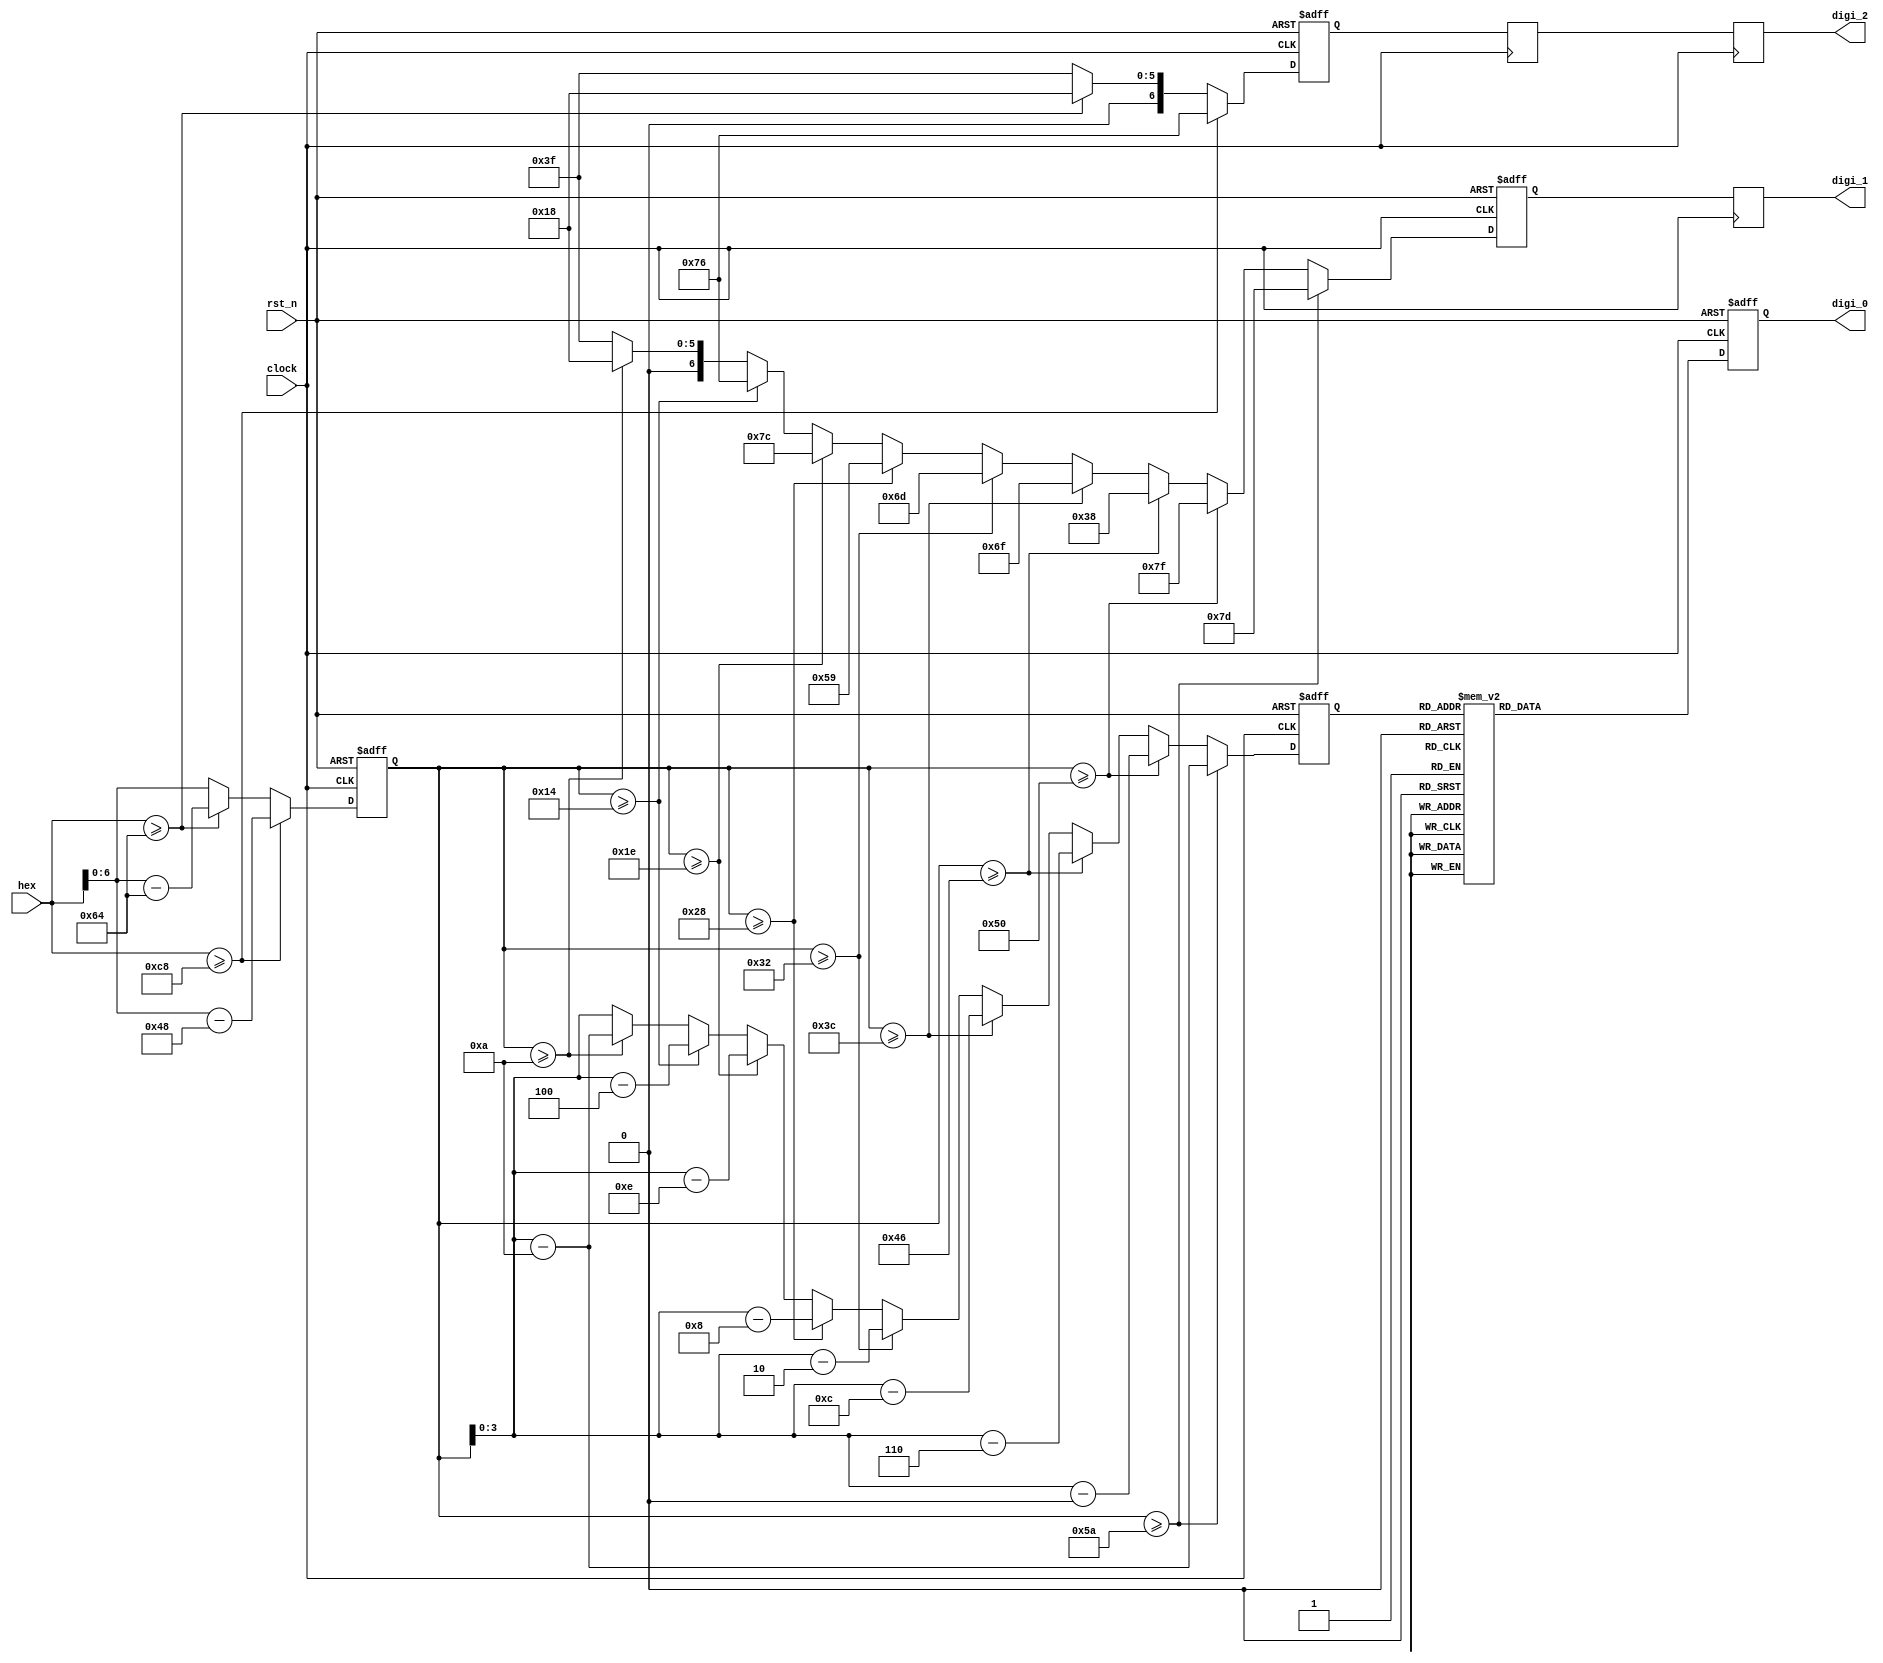
module hex2decdigi_8bit(
    input   clock,
    input   rst_n,

    input   [7 : 0] hex,
    output  reg [6 : 0] digi_0,
    output  reg [6 : 0] digi_1,
    output  reg [6 : 0] digi_2
    );

    localparam DIGI_0 = 7'b0111111;
    localparam DIGI_1 = 7'b0011000;
    localparam DIGI_2 = 7'b1110110;
    localparam DIGI_3 = 7'b1111100;
    localparam DIGI_4 = 7'b1011001;
    localparam DIGI_5 = 7'b1101101;
    localparam DIGI_6 = 7'b1101111;
    localparam DIGI_7 = 7'b0111000;
    localparam DIGI_8 = 7'b1111111;
    localparam DIGI_9 = 7'b1111101;
    localparam DIGI_X = 7'b0000000;

    reg [6 : 0] res_2;
    reg [3 : 0] res_1;

    // delay to synchronize the result
    reg [6 : 0] digi_2_d1, digi_2_d2, digi_1_d1;

    // get digi_2
    always @ (posedge clock or negedge rst_n) begin
        if (~rst_n) begin
            digi_2_d1 <= DIGI_X;
            res_2  <= 7'd0;
        end
        else begin
            if (hex >= 8'd200) begin
                digi_2_d1 <= DIGI_2;
                res_2  <= hex - 8'd200;
            end
            else if (hex >= 8'd100) begin
                digi_2_d1 <= DIGI_1;
                res_2  <= hex - 8'd100;
            end
            else begin
                digi_2_d1 <= DIGI_0;
                res_2  <= hex;
            end
        end
    end

    // get digi_1
    always @ (posedge clock or negedge rst_n) begin
        if (~rst_n) begin
            digi_1_d1 <= DIGI_X;
            res_1  <= 4'd0;
        end
        else begin
            if (res_2 >= 7'd90) begin
                digi_1_d1 <= DIGI_9;
                res_1  <= res_2 - 7'd90;
            end
            else if (res_2 >= 7'd80) begin
                digi_1_d1 <= DIGI_8;
                res_1  <= res_2 - 7'd80;
            end
            else if (res_2 >= 7'd70) begin
                digi_1_d1 <= DIGI_7;
                res_1  <= res_2 - 7'd70;
            end
            else if (res_2 >= 7'd60) begin
                digi_1_d1 <= DIGI_6;
                res_1  <= res_2 - 7'd60;
            end
            else if (res_2 >= 7'd50) begin
                digi_1_d1 <= DIGI_5;
                res_1  <= res_2 - 7'd50;
            end
            else if (res_2 >= 7'd40) begin
                digi_1_d1 <= DIGI_4;
                res_1  <= res_2 - 7'd40;
            end
            else if (res_2 >= 7'd30) begin
                digi_1_d1 <= DIGI_3;
                res_1  <= res_2 - 7'd30;
            end
            else if (res_2 >= 7'd20) begin
                digi_1_d1 <= DIGI_2;
                res_1  <= res_2 - 7'd20;
            end
            else if (res_2 >= 7'd10) begin
                digi_1_d1 <= DIGI_1;
                res_1  <= res_2 - 7'd10;
            end
            else begin
                digi_1_d1 <= DIGI_0;
                res_1  <= res_2[3 : 0];
            end
        end
    end

    // get digi_0
    always @ (posedge clock or negedge rst_n) begin
        if (~rst_n) begin
            digi_0 <= DIGI_X;
        end
        else begin
            case (res_1)
            4'd0: digi_0 <= DIGI_0;
            4'd1: digi_0 <= DIGI_1;
            4'd2: digi_0 <= DIGI_2;
            4'd3: digi_0 <= DIGI_3;
            4'd4: digi_0 <= DIGI_4;
            4'd5: digi_0 <= DIGI_5;
            4'd6: digi_0 <= DIGI_6;
            4'd7: digi_0 <= DIGI_7;
            4'd8: digi_0 <= DIGI_8;
            4'd9: digi_0 <= DIGI_9;
            default:
                digi_0 <= DIGI_X;
            endcase
        end
    end

    // delay
    always @ (posedge clock) begin
        digi_2_d2 <= digi_2_d1;
        digi_2    <= digi_2_d2;
        digi_1    <= digi_1_d1;
    end

endmodule